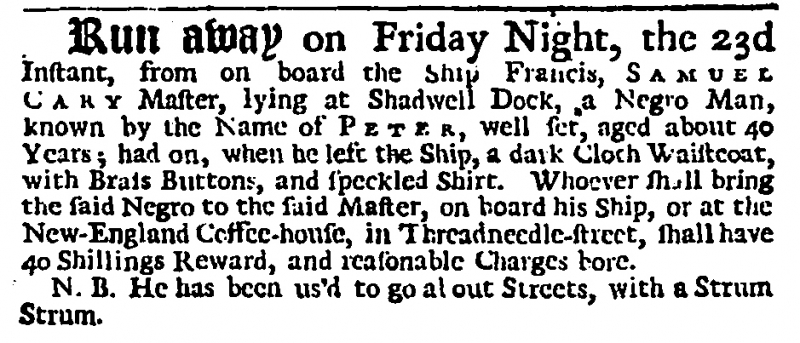
Daily Journal, 26 August 1728 (England)
Run away on Friday Night, the 23d Instant, from on board the Ship Francis, S A M U E L  C A R Y Master, lying at Shadwell Dock, a Negro Man, known by the Name of PETER, well set, aged about 40 Years; had on, when he left the Ship, a dark Cloth Waistcoat, with Brass Buttons, and speckled Shirt. Whoever shall bring the said Negro to the said Master, on board his Ship, or at the New-England Coffee-house, in Threadneedle-street, shall have 40 Shillings Reward, and reasonable Charges bore.  N.B. He has been us’d to go about Streets, with a Strum Strum.